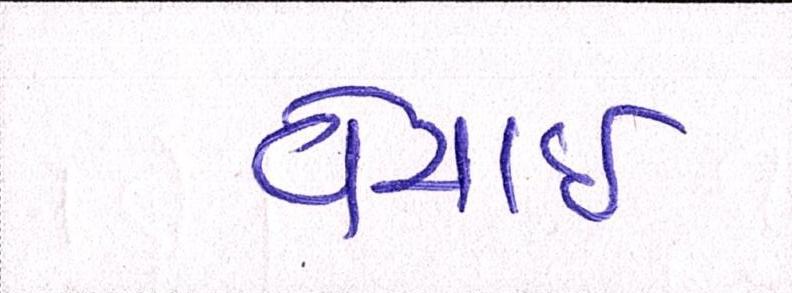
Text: વેચાઈ